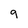
Character: q